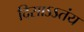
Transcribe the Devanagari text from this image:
दिसाऽऽतंय